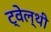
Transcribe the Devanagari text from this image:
ट्वेल्‍थी